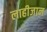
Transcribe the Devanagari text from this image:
लाहीजान